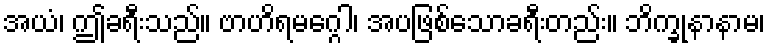
အယံ၊ ဤခရီးသည်။ ဗာဟိရမဂ္ဂေါ၊ အပဖြစ်သောခရီးတည်း။ ဘိက္ခုနာနာမ၊